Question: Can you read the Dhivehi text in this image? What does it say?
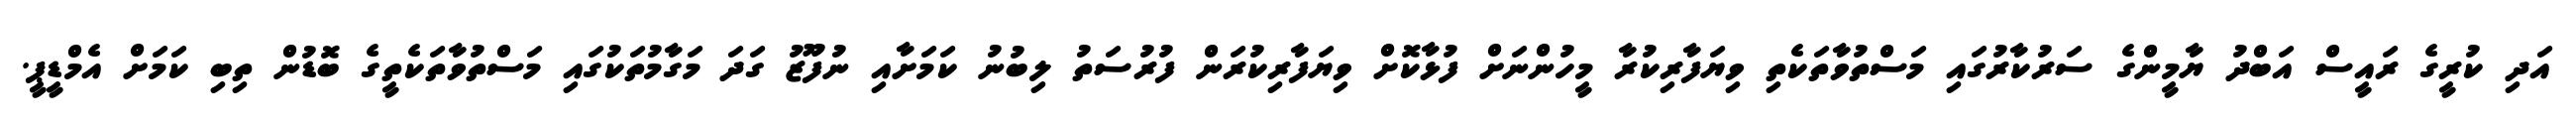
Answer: އަދި ކުރީގެ ރައީސް އަބްދު ޔާމީންގެ ސަރުކާރުގައި މަސްތުވާތަކެތި ވިޔަފާރިކުރާ މީހުންނަށް ފުޅާކޮށް ވިޔަފާރިކުރަން ފުރުސަތު ލިބުނު ކަމަށާއި ނުފޫޒު ގަދަ މަގާމުތަކުގައި މަސްތުވާތަކެތީގެ ބޮޑުން ތިބި ކަމަށް އެމްޑީޕީ.